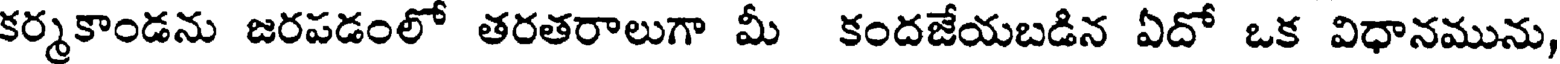
కర్మకాండను జరపడంలో తరతరాలుగా మీ కందజేయబడిన ఏదో ఒక విధానమును,